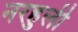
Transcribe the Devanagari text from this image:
नरहुली